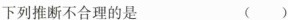
下列推断不合理的是 ( )